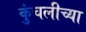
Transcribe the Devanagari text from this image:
कुंचलीच्या